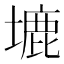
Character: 塶